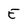
Character: E